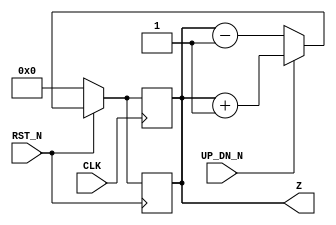
/* Generated by Yosys 0.25+94 (git sha1 f7c1e4aad, gcc 7.5.0-3ubuntu1~18.04 -fPIC -Os) */

(* cells_not_processed =  1  *)
(* src = "./rtl/Example.v:4.1-23.10" *)
module Example(CLK, RST_N, UP_DN_N, Z);
  reg \$auto$verilog_backend.cc:2097:dump_module$6  = 0;
  (* src = "./rtl/Example.v:12.2-19.5" *)
  reg [11:0] _0_;
  (* src = "./rtl/Example.v:17.23-17.36" *)
  wire [11:0] _1_;
  (* src = "./rtl/Example.v:13.6-13.12" *)
  wire _2_;
  (* src = "./rtl/Example.v:17.39-17.52" *)
  wire [11:0] _3_;
  (* src = "./rtl/Example.v:17.13-17.52" *)
  wire [11:0] _4_;
  (* src = "./rtl/Example.v:5.8-5.11" *)
  input CLK;
  wire CLK;
  (* src = "./rtl/Example.v:6.8-6.13" *)
  input RST_N;
  wire RST_N;
  (* src = "./rtl/Example.v:7.8-7.15" *)
  input UP_DN_N;
  wire UP_DN_N;
  (* src = "./rtl/Example.v:8.16-8.17" *)
  output [11:0] Z;
  wire [11:0] Z;
  (* src = "./rtl/Example.v:10.13-10.18" *)
  reg [11:0] Z_reg;
  assign _1_ = Z_reg + (* src = "./rtl/Example.v:17.23-17.36" *) 12'h001;
  assign _2_ = ! (* src = "./rtl/Example.v:13.6-13.12" *) RST_N;
  assign _3_ = Z_reg - (* src = "./rtl/Example.v:17.39-17.52" *) 12'h001;
  assign _4_ = UP_DN_N ? (* src = "./rtl/Example.v:17.13-17.52" *) _1_ : _3_;
  always @* begin
    if (\$auto$verilog_backend.cc:2097:dump_module$6 ) begin end
    _0_ = Z_reg;
    (* src = "./rtl/Example.v:13.3-18.6" *)
    casez (_2_)
      /* src = "./rtl/Example.v:13.6-13.12" */
      1'h1:
          _0_ = 12'h000;
      /* src = "./rtl/Example.v:16.3-16.7" */
      default:
          _0_ = _4_;
    endcase
  end
  always @(posedge CLK) begin
      Z_reg <= _0_;
  end
  always @(negedge RST_N) begin
      Z_reg <= _0_;
  end
  assign Z = Z_reg;
endmodule